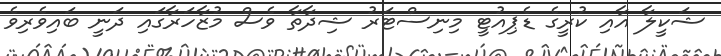
ޝަކީލާ އާއި ކުރީގެ ޑެޕިއުޓީ މިނިސްޓަރު ޝިދާތާ ވެސް މުޒާހަރާގައި ދަނީ ބައިވެރިވެ